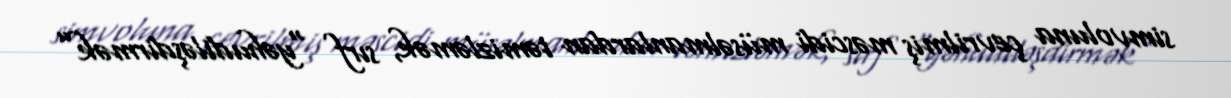
simvoluna çevrilmiş məscidi müsəlmanlardan təmizləmək, sırf “yəhudiləşdirmək”